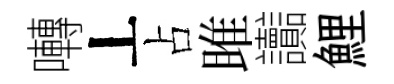
囀丄占雎讟鯉